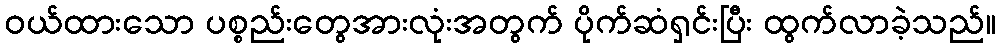
ဝယ်ထားသော ပစ္စည်းတွေအားလုံးအတွက် ပိုက်ဆံရှင်းပြီး ထွက်လာခဲ့သည်။